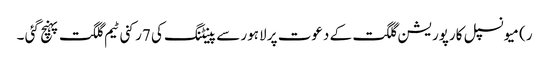
ر) میونسپل کارپوریشن گلگت کے دعوت پر لاہور سے پینٹنگ کی 7رکنی ٹیم گلگت پہنچ گئی ۔